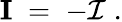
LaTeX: {\mathbf I}\; =\; -{\mathcal I}\; .